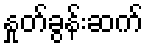
နှုတ်ခွန်းဆက်